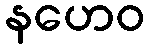
နဟေဝ